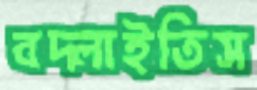
বদ্‌লাইতিস